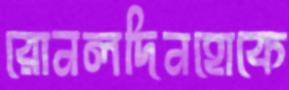
রোনলদিনহোকে